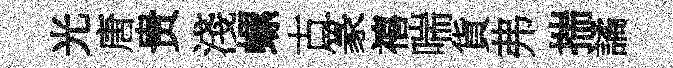
光唐贵淺螺古篆禧喘貨弗揣譎